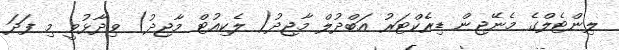
ލިންޓެލްގެ މެނޭޖިން ޑިރެކްޓަރު އަބްދުލް މާޖިދު( ލެކިއުޓް މާޖިދު) ވިދާޅުވީ މި ފަދަ